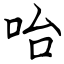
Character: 咍